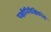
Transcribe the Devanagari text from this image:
पक्षीनिरीक्षिकांना